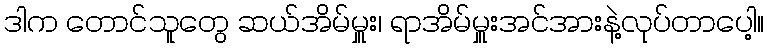
ဒါက တောင်သူတွေ ဆယ်အိမ်မှူး၊ ရာအိမ်မှူးအင်အားနဲ့လုပ်တာပေါ့။